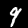
Label: 9